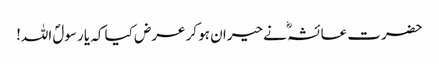
حضرت عائشہؓ نے حیران ہو کر عرض کیا کہ یا رسولؐ اللہ!